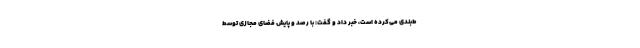
ط‌بندی می‌کرده است، خبر داد و گفت: با رصد و پایش فضای مجازی توسط